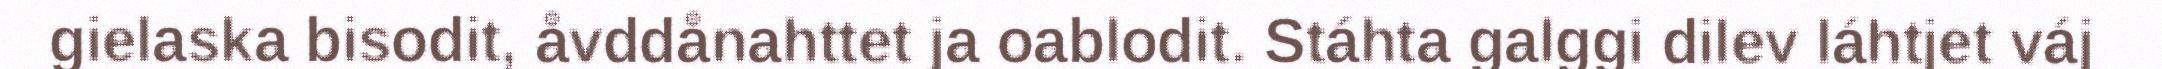
gielaska bisodit, åvddånahttet ja oablodit. Stáhta galggi dilev láhtjet váj